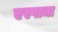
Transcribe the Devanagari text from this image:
एस्पाञा